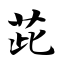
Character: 茈